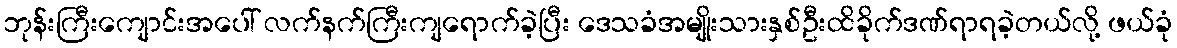
ဘုန်းကြီးကျောင်းအပေါ် လက်နက်ကြီးကျရောက်ခဲ့ပြီး ဒေသခံအမျိုးသားနှစ်ဦးထိခိုက်ဒဏ်ရာရခဲ့တယ်လို့ ဖယ်ခုံ